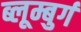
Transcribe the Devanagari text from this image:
ब्लूम्बुर्ग